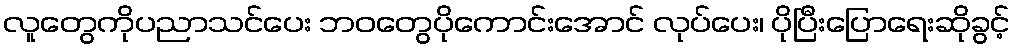
လူတွေကိုပညာသင်ပေး ဘဝတွေပိုကောင်းအောင် လုပ်ပေး၊ ပိုပြီးပြောရေးဆိုခွင့်